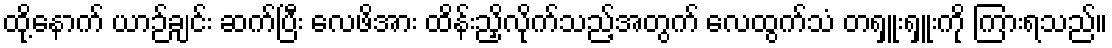
ထို့နောက် ယာဉ်ချင်း ဆက်ပြီး လေဖိအား ထိန်းညှိလိုက်သည့်အတွက် လေထွက်သံ တရှူးရှူးကို ကြားရသည်။